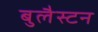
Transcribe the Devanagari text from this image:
बुलैस्टन